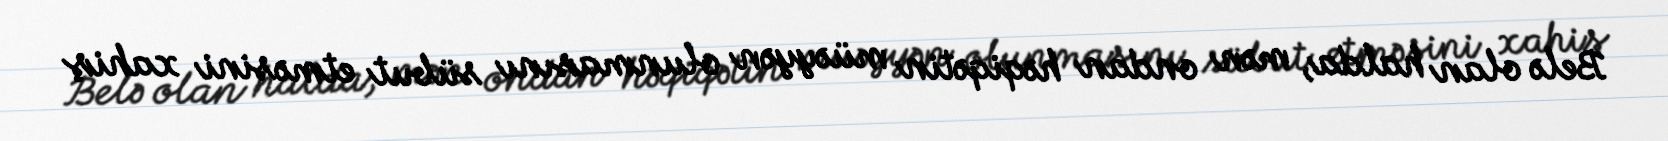
Belə olan halda, mən ondan həqiqətin müəyyən olunmasını sübut etməsini xahiş